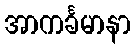
အာကင်္ခမာနာ